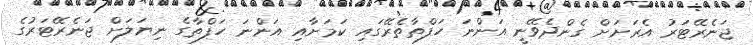
ޖަނެރޭޓަރު އެރަށަށް ގެންދެވޭނީ އަންނަ ހަފްތާތެރޭގައި ކަމަށާއި އަންނަ ހަފްތާގެ ނިޔަލަށް ޖަނެރޭޓަރުގެ